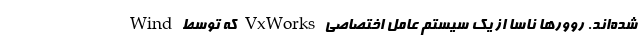
شده‌اند. روورها ناسا از یک سیستم عامل اختصاصی VxWorks که توسط Wind